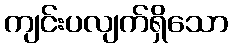
ကျင်းပလျက်ရှိသော